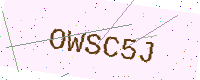
Text: OWSC5J